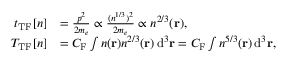
{ \begin{array} { r l } { t _ { \mathrm { T F } } [ n ] } & { = { \frac { p ^ { 2 } } { 2 m _ { e } } } \propto { \frac { ( n ^ { 1 / 3 } ) ^ { 2 } } { 2 m _ { e } } } \propto n ^ { 2 / 3 } ( \mathbf { r } ) , } \\ { T _ { \mathrm { T F } } [ n ] } & { = C _ { \mathrm { F } } \int n ( \mathbf { r } ) n ^ { 2 / 3 } ( \mathbf { r } ) \, \mathrm { d } ^ { 3 } \mathbf { r } = C _ { \mathrm { F } } \int n ^ { 5 / 3 } ( \mathbf { r } ) \, \mathrm { d } ^ { 3 } \mathbf { r } , } \end{array} }